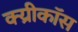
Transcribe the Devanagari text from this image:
क्य्रीकॉस